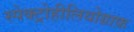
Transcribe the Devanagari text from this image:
स्पेक्ट्रोहीलियोग्राफ़